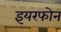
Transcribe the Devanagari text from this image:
इयरफोन